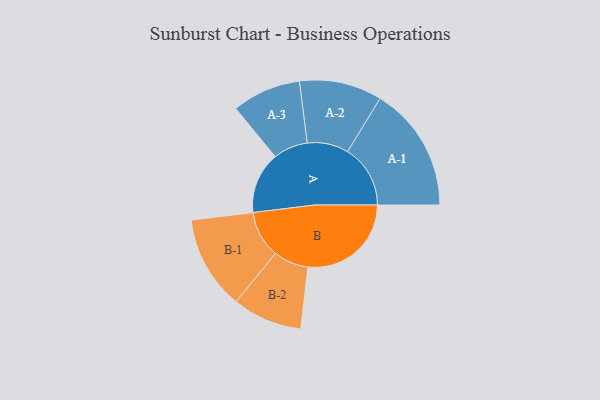
{"axis": {"x": "Segment", "y": "Value"}, "legend": ["", "A", "B"], "data": [{"x": "A", "y": 264, "type": ""}, {"x": "B", "y": 443, "type": ""}, {"x": "A-1", "y": 269, "type": "A"}, {"x": "A-2", "y": 177, "type": "A"}, {"x": "A-3", "y": 148, "type": "A"}, {"x": "B-1", "y": 201, "type": "B"}, {"x": "B-2", "y": 150, "type": "B"}]}